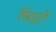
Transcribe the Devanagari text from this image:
सिद्धरों